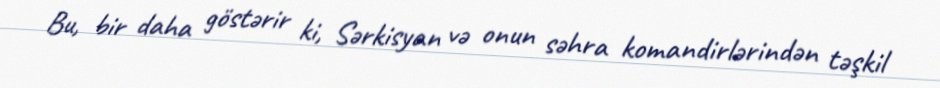
Bu, bir daha göstərir ki, Sərkisyan və onun səhra komandirlərindən təşkil